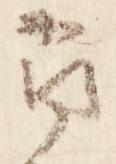
尋